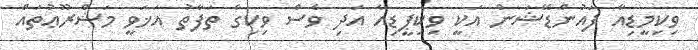
ވިކިމީޑިއާ ފައުންޑޭޝަން އަކީ ވިކިޕީޑިއާ އަދި ވެސް ވިކިގެ ތަފާތު އަޚަވީ މަޝްރޫޢުތައް